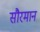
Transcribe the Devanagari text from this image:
सौरमान